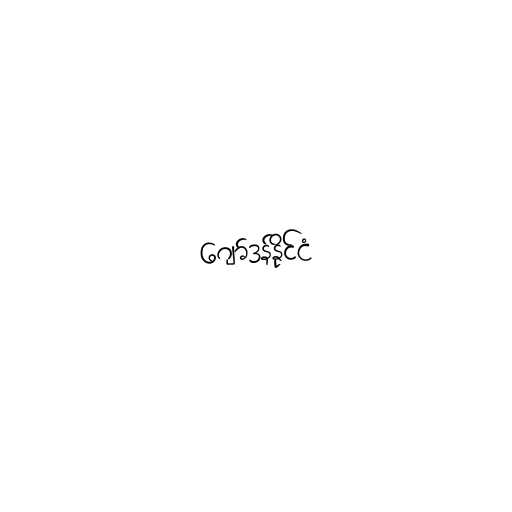
ဂျော်ဒန်နိုင်ငံ